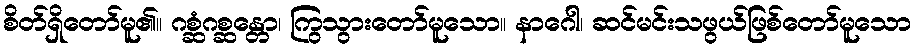
စိတ်ရှိတော်မူ၏။ ဂစ္ဆံဂစ္ဆန္တော၊ ကြွသွားတော်မူသော။ နာဂေါ၊ ဆင်မင်းသဖွယ်ဖြစ်တော်မူသော